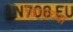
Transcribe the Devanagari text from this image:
ढिगाच्या